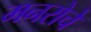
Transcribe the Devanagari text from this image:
मनरोचे